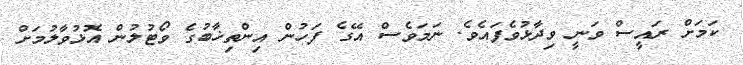
ކަމަށް ރައީސް ވަނީ ވިދާޅުވެފައެވެ. ނަމަވެސް އޭގެ ފަހުން އިންތިޚާބުގެ ވޯޓުލުން އޮޅުވާލުމަށް